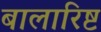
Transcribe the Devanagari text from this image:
बालारिष्ट